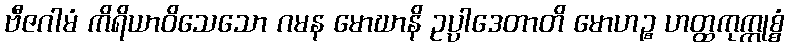
ဗီဇဂါမံ ကိရိယာဝိသေသော ဂမန မောဃာနိ ဥပ္ပါဒေတာတိ မောဟဉ္စ ဟတ္ထကုက္ကုစ္စံ